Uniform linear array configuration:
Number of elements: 48
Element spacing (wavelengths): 0.5
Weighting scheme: binomial
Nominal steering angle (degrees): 0
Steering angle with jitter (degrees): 0.7332
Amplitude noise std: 0.05
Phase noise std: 0.05

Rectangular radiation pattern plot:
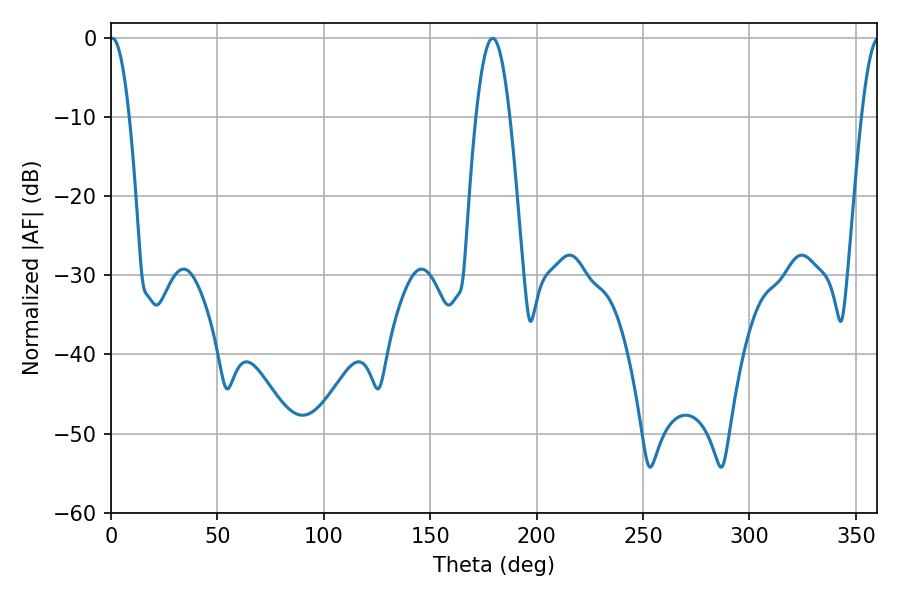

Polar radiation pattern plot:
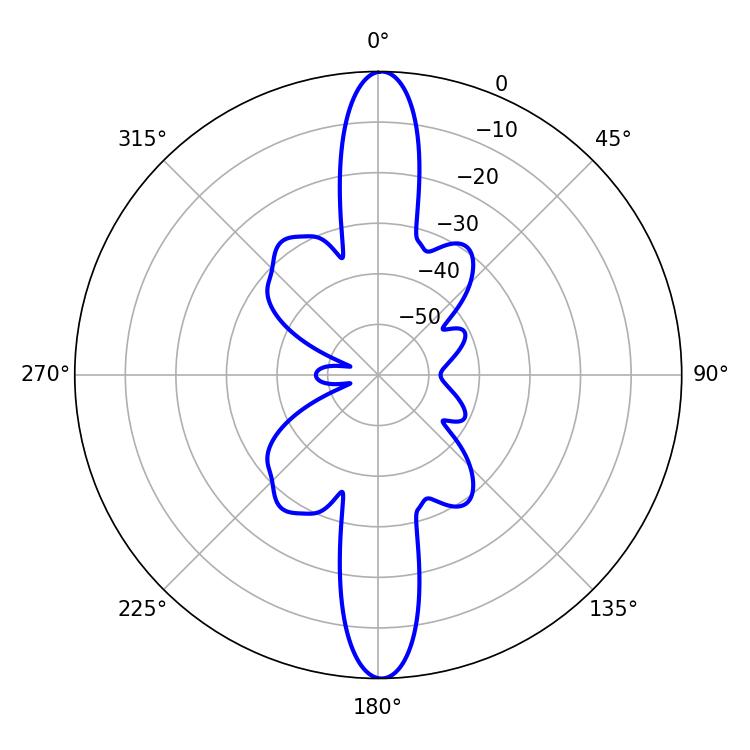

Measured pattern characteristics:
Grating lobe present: FALSE
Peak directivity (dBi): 28.207
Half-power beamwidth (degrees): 4.86
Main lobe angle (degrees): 0.72